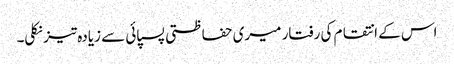
اس کے انتقام کی رفتار میری حفاظتی پسپائی سے زیادہ تیز نکلی۔